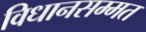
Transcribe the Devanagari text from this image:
विधानसम्मत